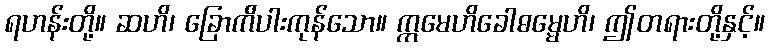
ရဟန်းတို့။ ဆဟိ၊ ခြောက်ိပါးကုန်သော။ ဣမေဟိခေါဓမ္မေဟိ၊ ဤတရားတို့နှင့်။